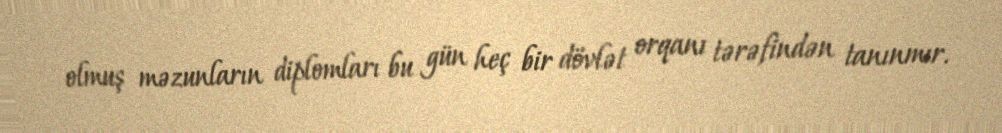
olmuş məzunların diplomları bu gün heç bir dövlət orqanı tərəfindən tanınmır.